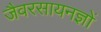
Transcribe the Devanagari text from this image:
जैवरसायनज्ञों